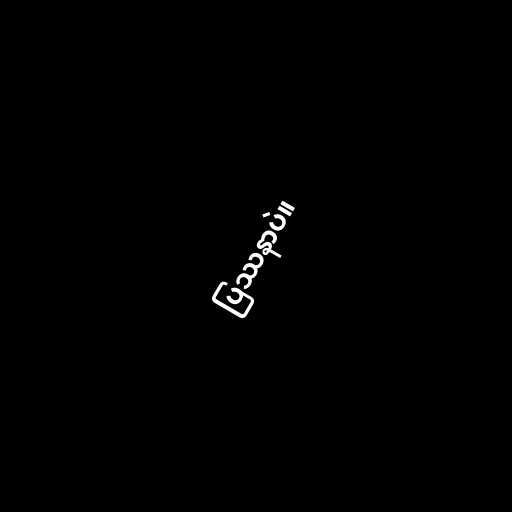
ပြဿနာပဲ။